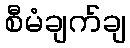
စီမံချက်ချ